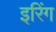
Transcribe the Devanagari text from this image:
इरिंग